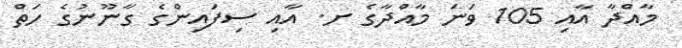
މާއްދާ އާއި 105 ވަނަ މާއްދާގެ ށ. އާއި ސިފައިންގެ ގާނޫނުގެ ހަތް